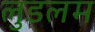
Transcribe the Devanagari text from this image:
लुडलम